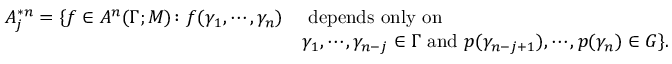
\begin{array} { r l } { A _ { j } ^ { * n } = \{ f \in A ^ { n } ( \Gamma ; M ) \colon f ( \gamma _ { 1 } , \cdots , \gamma _ { n } ) } & { \mathrm { ~ d e p e n d s ~ o n l y ~ o n ~ } } \\ & { \gamma _ { 1 } , \cdots , \gamma _ { n - j } \in \Gamma \mathrm { ~ a n d ~ } p ( \gamma _ { n - j + 1 } ) , \cdots , p ( \gamma _ { n } ) \in G \} . } \end{array}